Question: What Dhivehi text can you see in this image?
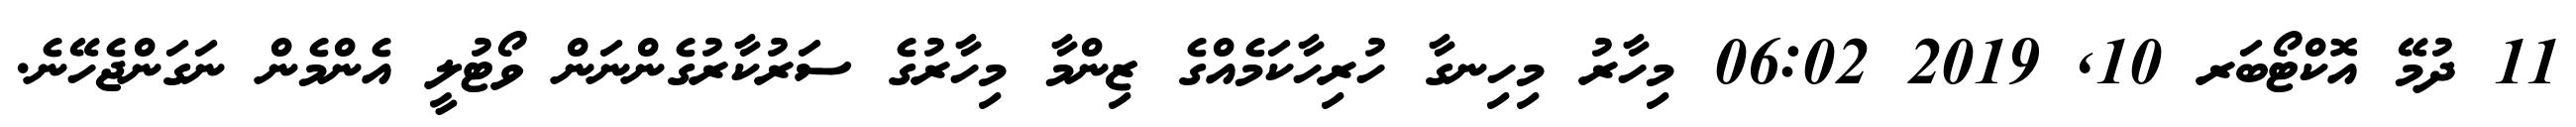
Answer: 11 ދުމޭ އޮކްޓޯބަރ 10, 2019 06:02 މިހާރު މިހިނގާ ހުރިހާކަމެއްގެ ޒިންމާ މިހާރުގެ ސަރުކާރުގެންނަން ވޯޓުލީ އެންމެން ނަގަންޖެހޭނެ.